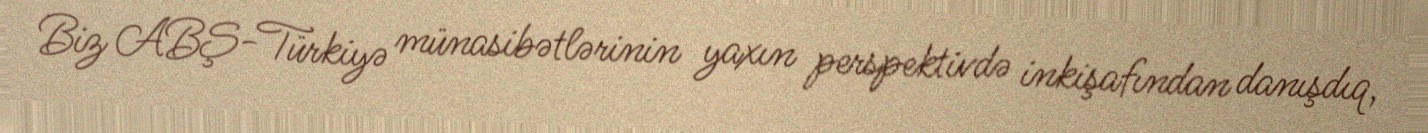
Biz ABŞ-Türkiyə münasibətlərinin yaxın perspektivdə inkişafından danışdıq,